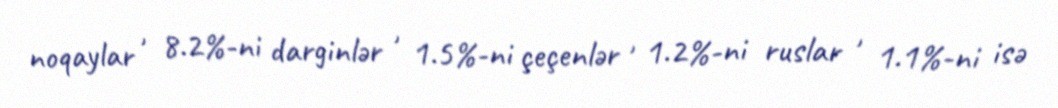
noqaylar , 8.2%-ni darginlər , 1.5%-ni çeçenlər , 1.2%-ni ruslar , 1.1%-ni isə